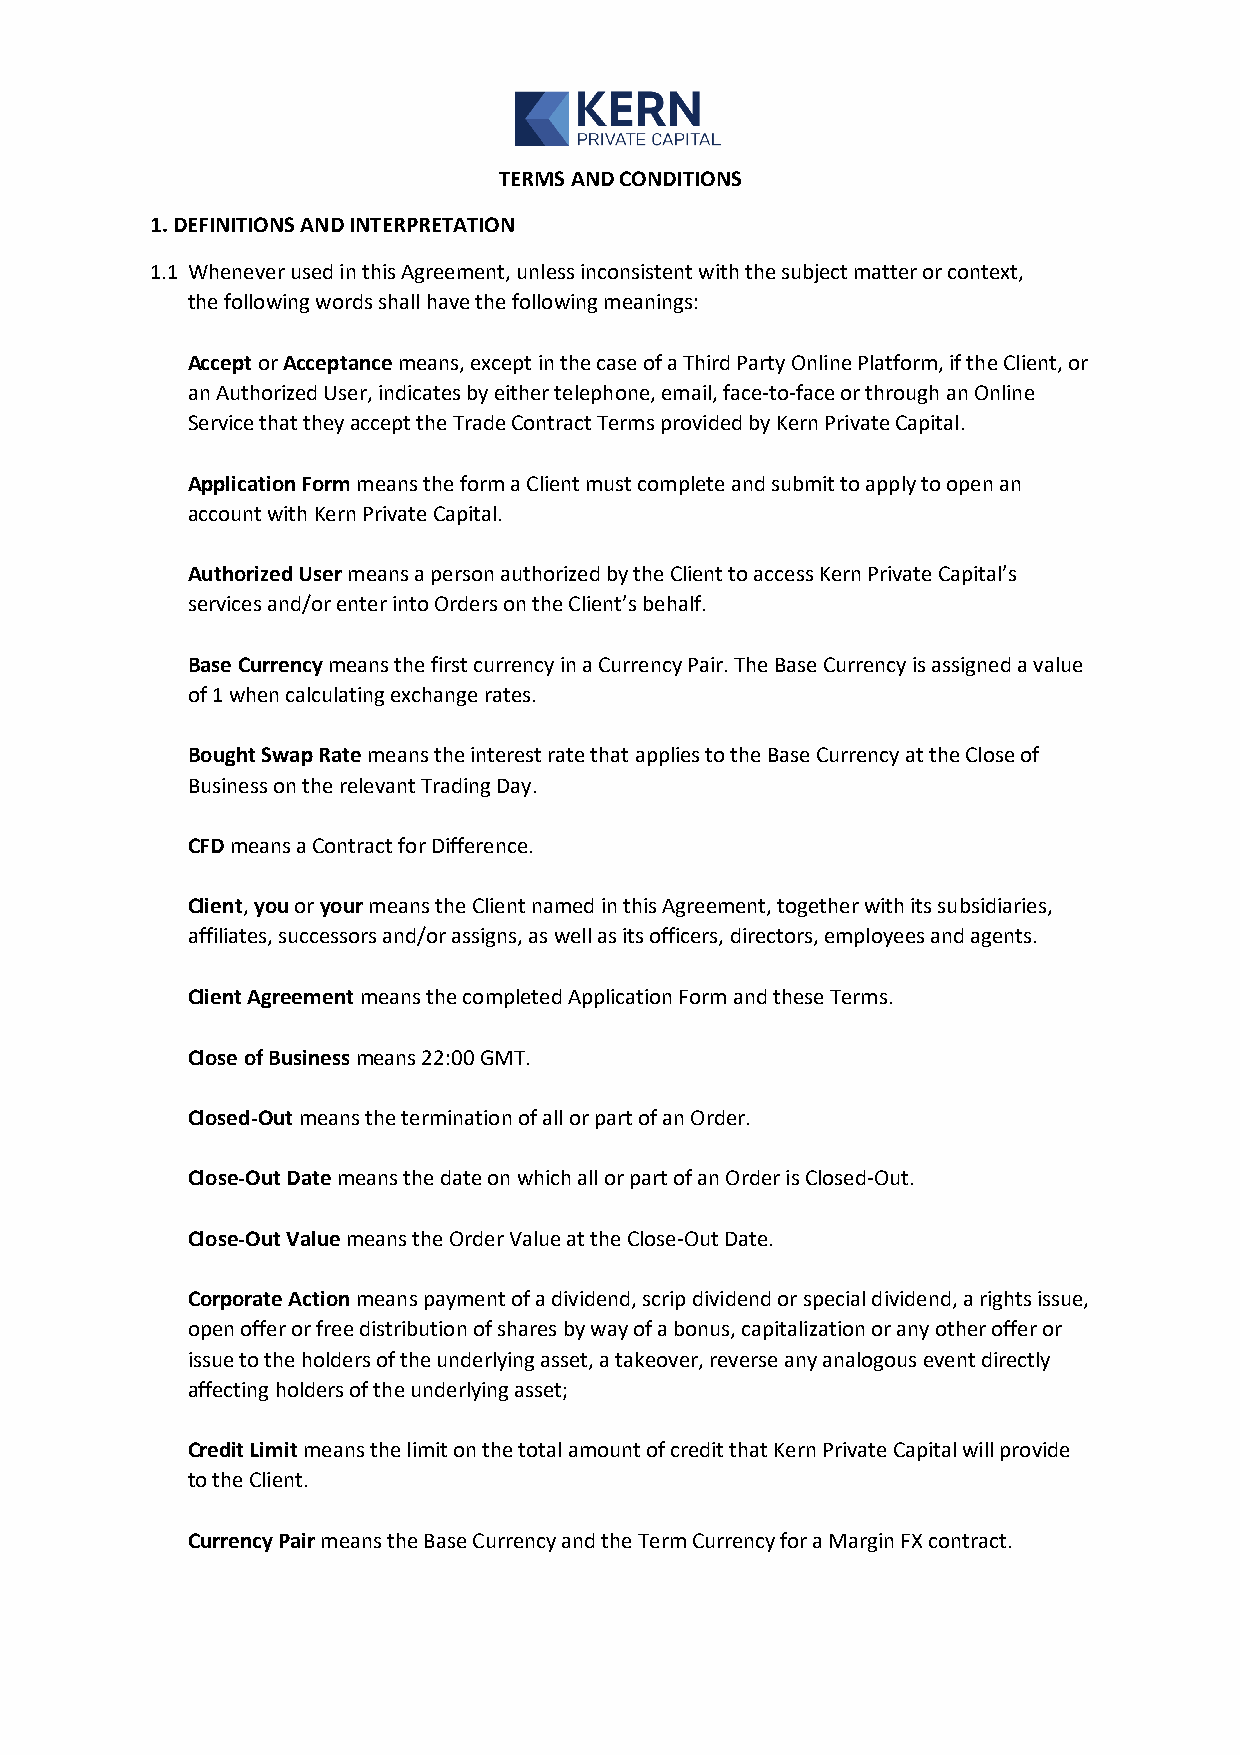
TERMS AND CONDITIONS
 1. DEFINITIONS AND INTERPRETATION
 1.1 Whenever used in this Agreement, unless inconsistent with the subject matter or context,
 the following words shall have the following meanings:
 Accept or Acceptance means, except in the case of a Third Party Online Platform, if the Client, or
 an Authorized User, indicates by either telephone, email, face-to-face or through an Online
 Service that they accept the Trade Contract Terms provided by Kern Private Capital.
 Application Form means the form a Client must complete and submit to apply to open an
 account with Kern Private Capital.
 Authorized User means a person authorized by the Client to access Kern Private Capital’s
 services and/or enter into Orders on the Client’s behalf.
 Base Currency means the first currency in a Currency Pair. The Base Currency is assigned a value
 of 1 when calculating exchange rates.
 Bought Swap Rate means the interest rate that applies to the Base Currency at the Close of
 Business on the relevant Trading Day.
 CFD means a Contract for Difference.
 Client, you or your means the Client named in this Agreement, together with its subsidiaries,
 affiliates, successors and/or assigns, as well as its officers, directors, employees and agents.
 Client Agreement means the completed Application Form and these Terms.
 Close of Business means 22:00 GMT.
 Closed-Out means the termination of all or part of an Order.
 Close-Out Date means the date on which all or part of an Order is Closed-Out.
 Close-Out Value means the Order Value at the Close-Out Date.
 Corporate Action means payment of a dividend, scrip dividend or special dividend, a rights issue,
 open offer or free distribution of shares by way of a bonus, capitalization or any other offer or
 issue to the holders of the underlying asset, a takeover, reverse any analogous event directly
 affecting holders of the underlying asset;
 Credit Limit means the limit on the total amount of credit that Kern Private Capital will provide
 to the Client.
 Currency Pair means the Base Currency and the Term Currency for a Margin FX contract.